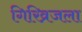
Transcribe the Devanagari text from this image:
गिरिव्रजला